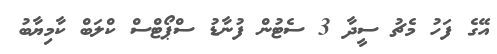
އޭގެ ފަހު މެޗު ސީދާ 3 ސެޓުން ފުނާޑު ސްޕޯޓްސް ކްލަބް ކާމިޔާބު